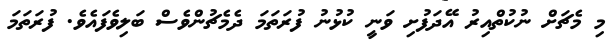
މި މެޗަށް ނުކުތްއިރު އޭދަފުށި ވަނީ ކުޅުނު ފުރަތަމަ ދެމެޗުންވެސް ބަލިވެފައެވެ. ފުރަތަމަ